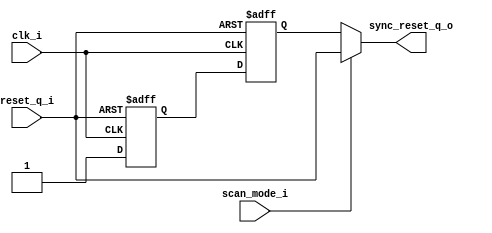
// Company           :   RacyICs
//                                
// Project Name      :   p_ri    
// Subproject Name   :   s_common    
// Description       :   common cell for reset synchronization            
//
// Last Change       :   $Date$
// by                :   $Author$                              
// -----------------------------------------------------------------------------
// Version   |  Author    |  Date         |  Comment
// -----------------------------------------------------------------------------
// 1.0       |  eisenreich  | 13 Juni 2013   |  initial release
// -----------------------------------------------------------------------------
module common_reset_sync (
               clk_i,
               reset_q_i,
               scan_mode_i,
               sync_reset_q_o
               );

   input  clk_i;
   input  reset_q_i;
   input  scan_mode_i;

   output sync_reset_q_o;

   wire   sync_reset_q_o;
`ifdef FPGA_IMPL
   (* INIT = 1, SHREG_EXTRACT = "NO", RLOC = "X0Y0" *)
`endif
   reg    sync_reset_q_syn0;
`ifdef FPGA_IMPL
   (* INIT = 1, SHREG_EXTRACT = "NO", RLOC = "X0Y0" *)
`endif
   reg    sync_reset_q_syn1;

   always@(posedge clk_i or negedge reset_q_i)
   begin
      if(reset_q_i == 1'b0)
      begin
         sync_reset_q_syn0 <= 1'b0;
         sync_reset_q_syn1 <= 1'b0;
      end
      else
      begin
         sync_reset_q_syn1 <= sync_reset_q_syn0;
         sync_reset_q_syn0 <= 1'b1;
      end
   end

   assign sync_reset_q_o = (scan_mode_i) ? reset_q_i : sync_reset_q_syn1;

endmodule